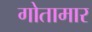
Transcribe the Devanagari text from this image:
गोतामार